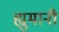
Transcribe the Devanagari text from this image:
ह्युमानी